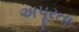
અપૂરતા